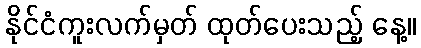
နိုင်ငံကူးလက်မှတ် ထုတ်ပေးသည့် နေ့။